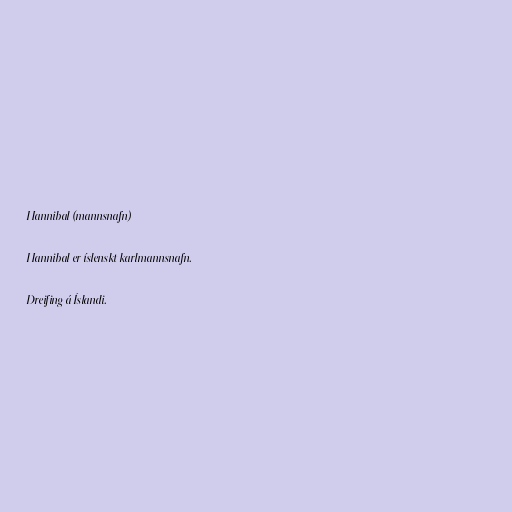
Hannibal (mannsnafn)

Hannibal er íslenskt karlmannsnafn.

Dreifing á Íslandi.